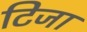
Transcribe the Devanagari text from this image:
टिजा